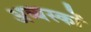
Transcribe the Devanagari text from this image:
अव्यस्कों